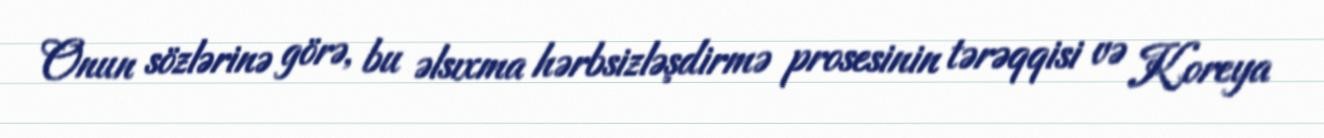
Onun sözlərinə görə, bu əlsıxma hərbsizləşdirmə prosesinin tərəqqisi və Koreya